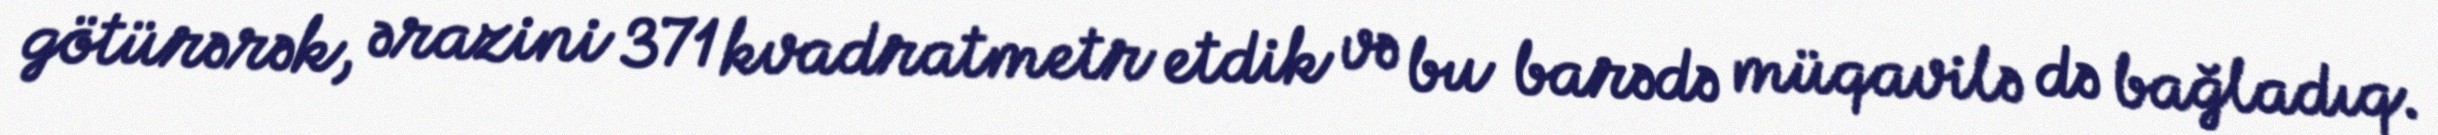
götürərək, ərazini 371 kvadratmetr etdik və bu barədə müqavilə də bağladıq.